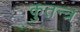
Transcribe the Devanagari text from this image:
कुतन्त्र